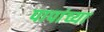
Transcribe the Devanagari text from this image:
पापांच्या